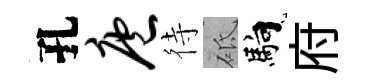
孔庖待砥馿府